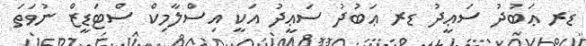
ޑރ ޢަބުދު ސަޢީދު ޑރ ޢަބުދު ސަޢީދު އަކީ އިސްލާމިކް ސްޓަޑީޒް ނުވަތަ